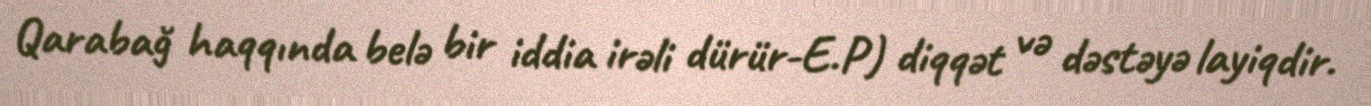
Qarabağ haqqında belə bir iddia irəli dürür-E.P) diqqət və dəstəyə layiqdir.